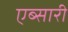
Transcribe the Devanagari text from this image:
एब्सारी